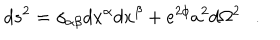
LaTeX: d s ^ { 2 } = \gamma _ { \alpha \beta } d x ^ { \alpha } d x ^ { \beta } + e ^ { 2 \phi } a ^ { 2 } d \Omega ^ { 2 } .